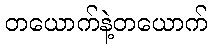
တယောက်နဲ့တယောက်